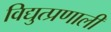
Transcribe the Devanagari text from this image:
विद्युत्प्रणाली